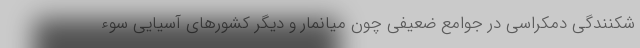
شکنندگی دمکراسی در جوامع ضعیفی چون میانمار و دیگر کشورهای آسیایی سوء